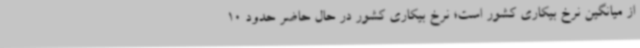
از میانگین نرخ بیکاری کشور است؛ نرخ بیکاری کشور در حال حاضر حدود 10